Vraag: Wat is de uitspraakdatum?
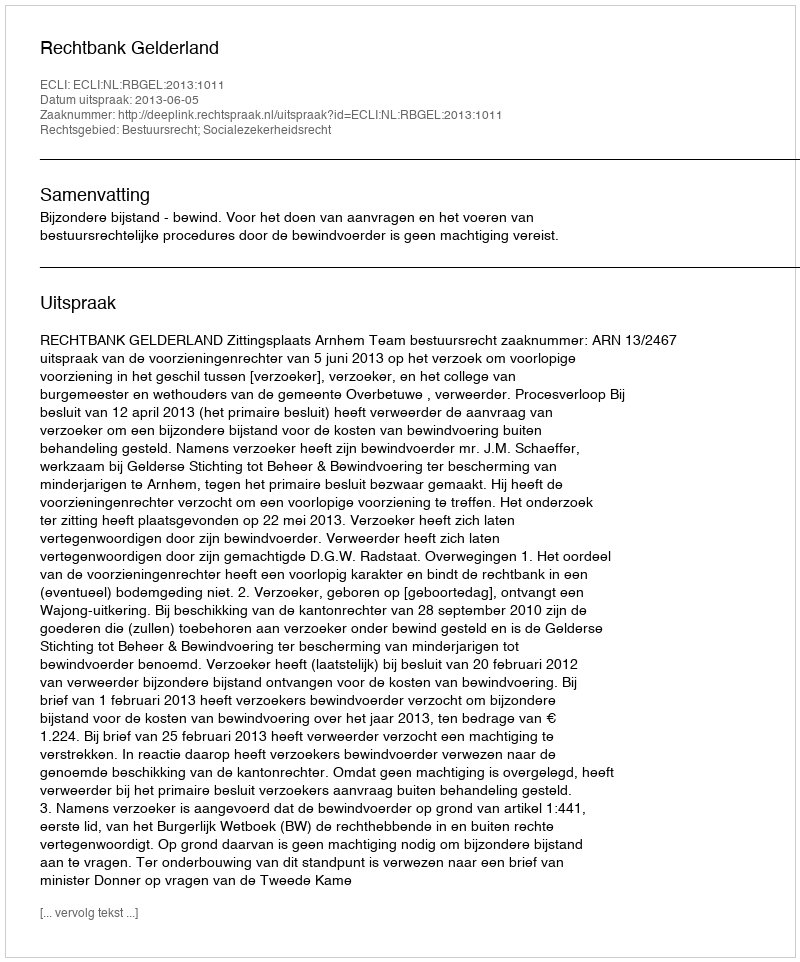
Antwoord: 2013-06-05